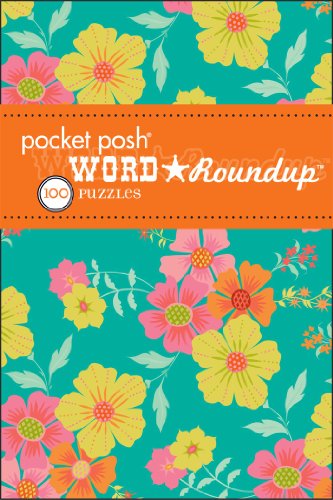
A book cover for Pocket Posh Word Roundup 7: 100 Puzzles; The Puzzle Society; Humor & Entertainment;